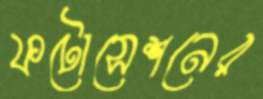
ফটোসেশনের